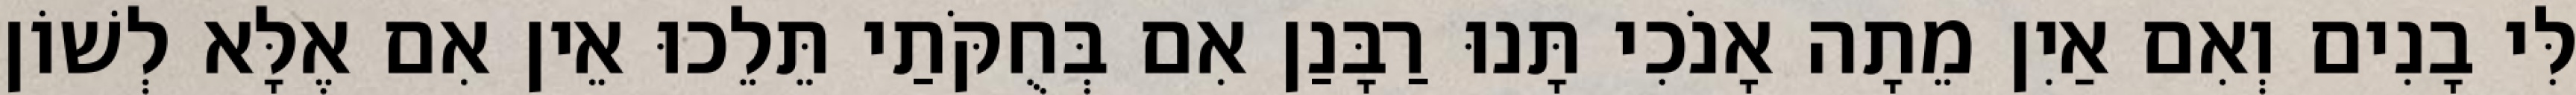
לִּי בָנִים וְאִם אַיִן מֵתָה אָנֹכִי תָּנוּ רַבָּנַן אִם בְּחֻקֹּתַי תֵּלֵכוּ אֵין אִם אֶלָּא לְשׁוֹן